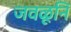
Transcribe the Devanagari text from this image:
जवळूनि